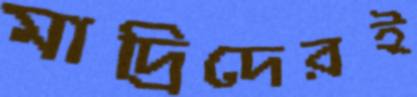
মাদ্রিদেরই